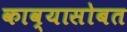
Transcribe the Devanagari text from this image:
काव्यासोबत